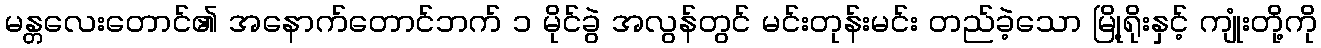
မန္တလေးတောင်၏ အနောက်တောင်ဘက် ၁ မိုင်ခွဲ အလွန်တွင် မင်းတုန်းမင်း တည်ခဲ့သော မြို့ရိုးနှင့် ကျုံးတို့ကို